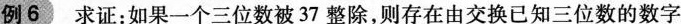
例6 求证：如果一个三位数被37整除，则存在由交换已知三位数的数字